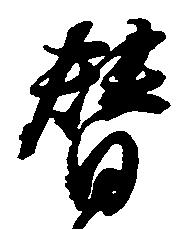
替